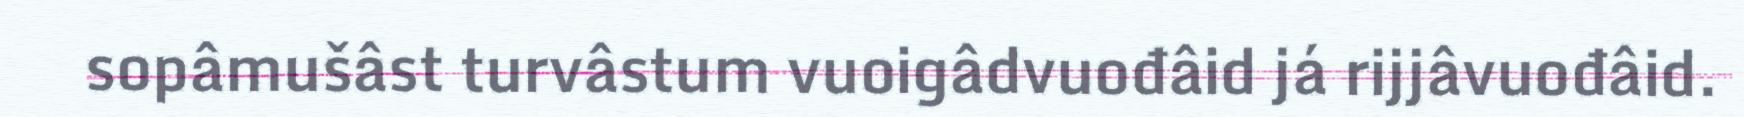
sopâmušâst turvâstum vuoigâdvuođâid já rijjâvuođâid.